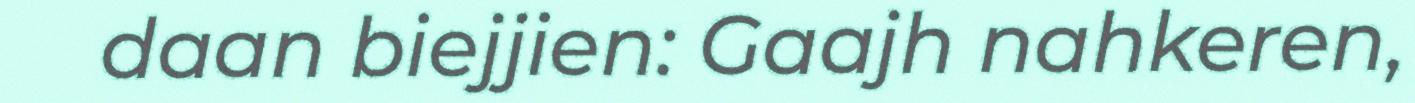
daan biejjien: Gaajh nahkeren,